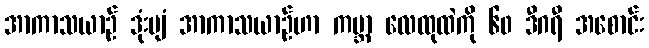
အာကာသယာဉ် ဒုံးပျံ အာကာသယာဉ်ဟာ ကမ္ဘာ့ လေထုထဲကို ၆၀ ဒီဂရီ အစောင်း